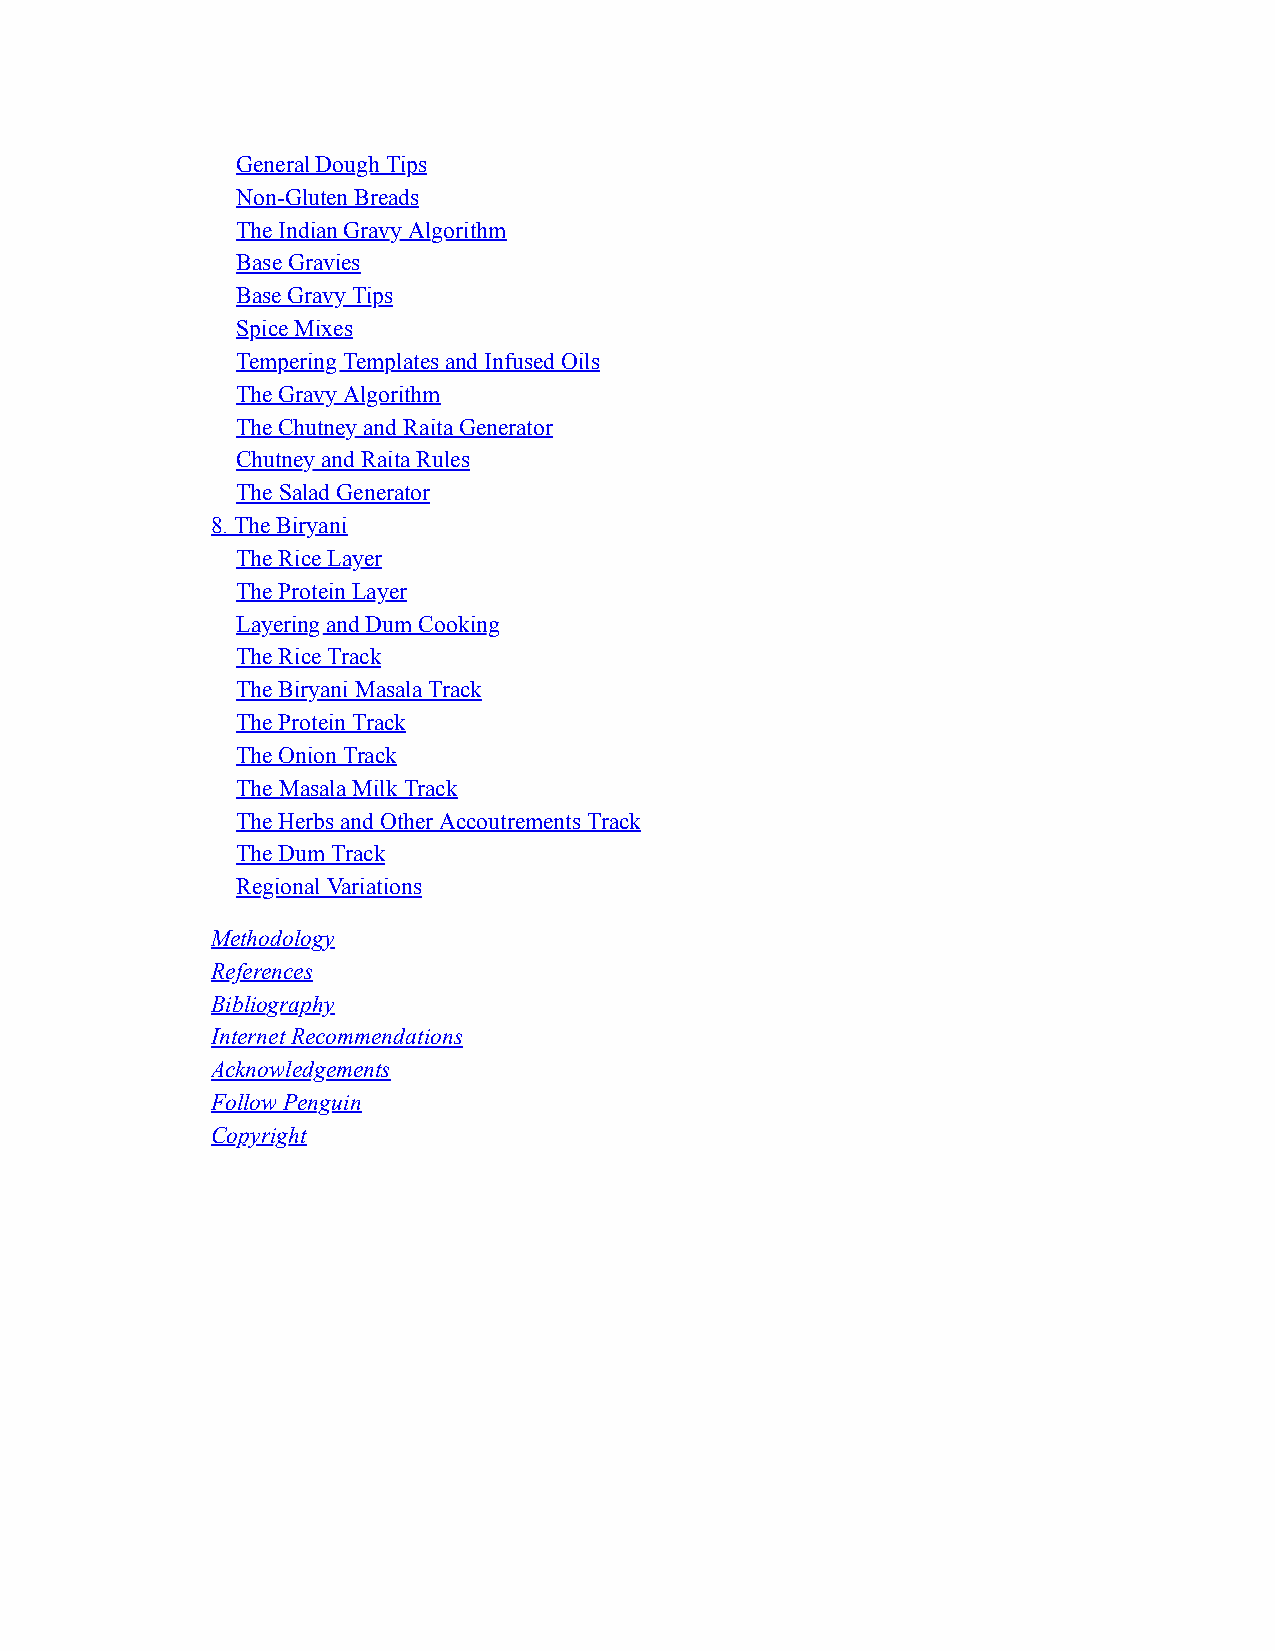
General Dough Tips
 Non-Gluten Breads
 The Indian Gravy Algorithm
 Base Gravies
 Base Gravy Tips
 Spice Mixes
 Tempering Templates and Infused Oils
 The Gravy Algorithm
 The Chutney and Raita Generator
 Chutney and Raita Rules
 The Salad Generator
 8. The Biryani
 The Rice Layer
 The Protein Layer
 Layering and Dum Cooking
 The Rice Track
 The Biryani Masala Track
 The Protein Track
 The Onion Track
 The Masala Milk Track
 The Herbs and Other Accoutrements Track
 The Dum Track
 Regional Variations
 Methodology
 References
 Bibliography
 Internet Recommendations
 Acknowledgements
 Follow Penguin
 Copyright